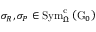
\sigma _ { R } , \sigma _ { P } \in \mathrm { S y m } _ { \Omega } ^ { \mathrm { c } } \left( \mathrm { G } _ { 0 } \right)